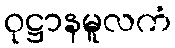
ဝုဋ္ဌာနမူလကံ